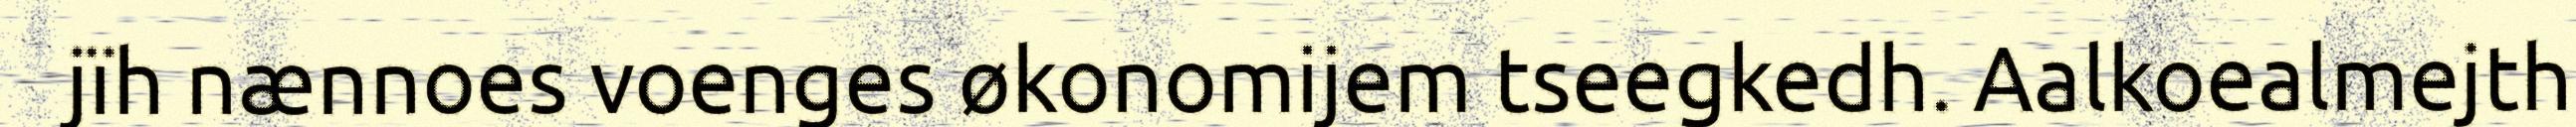
jïh nænnoes voenges økonomijem tseegkedh. Aalkoealmejth